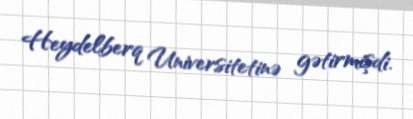
Heydelberq Universitetinə gətirmişdi.